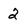
Character: 2